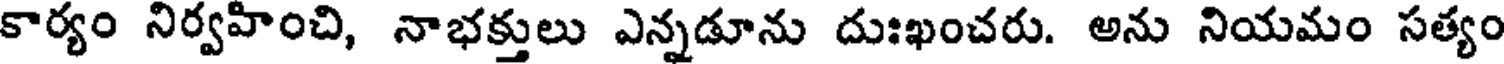
కార్యం నిర్వహించి, నాభక్తులు ఎన్నడూను దుఃఖంచరు. అను నియమం సత్యం